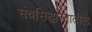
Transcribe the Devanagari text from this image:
संचसिद्धान्तातील